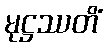
မုဋ္ဌဿတိံ